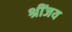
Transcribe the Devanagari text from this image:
श्रींजय